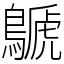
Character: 鷈